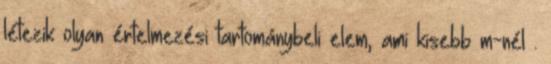
létezik olyan értelmezési tartománybeli elem, ami kisebb m-nél .